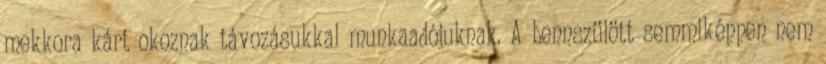
mekkora kárt okoznak távozásukkal munkaadójuknak. A bennszülött semmiképpen nem